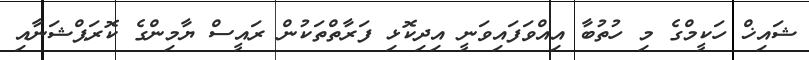
ޝައިޚް ހަކީމްގެ މި ހުތުބާ އިއްވަފައިވަނީ އިދިކޮޅި ފަރާތްތަކުން ރައީސް ޔާމިންގެ ކޮރަޕްޝަނާއި